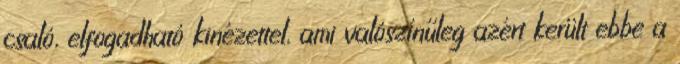
csaló, elfogadható kinézettel, ami valószínűleg azért került ebbe a